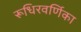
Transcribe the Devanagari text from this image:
रूधिरवर्णिका